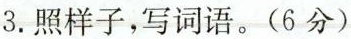
3.照样子，写词语。(6分)